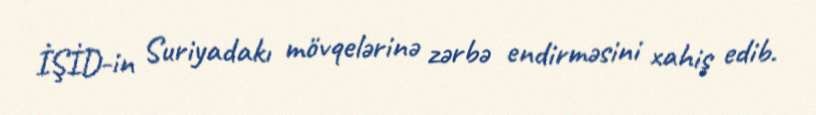
İŞİD-in Suriyadakı mövqelərinə zərbə endirməsini xahiş edib.